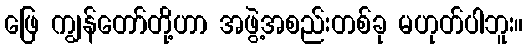
ဖြေ ကျွန်တော်တို့ဟာ အဖွဲ့အစည်းတစ်ခု မဟုတ်ပါဘူး။